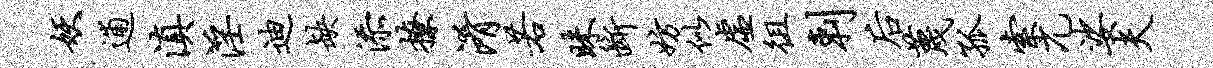
妖逋滇淫迪缺添撩淆若昧断妨似虚徂剌後蔑孤索兀娑夫